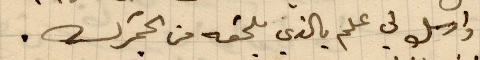
وارسل لي بالذي يلحقه من الجمرك